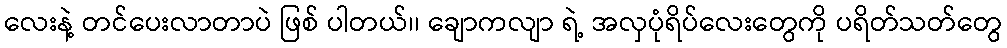
လေးနဲ့ တင်ပေးလာတာပဲ ဖြစ် ပါတယ်၊၊ ချောကလျာ ရဲ့ အလှပုံရိပ်လေးတွေကို ပရိတ်သတ်တွေ